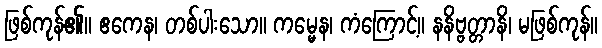
ဖြစ်ကုန်၏။ ဧကေန၊ တစ်ပါးသော။ ကမ္မေန၊ ကံကြောင့်။ နနိဗ္ဗတ္တာနိ၊ မဖြစ်ကုန်။